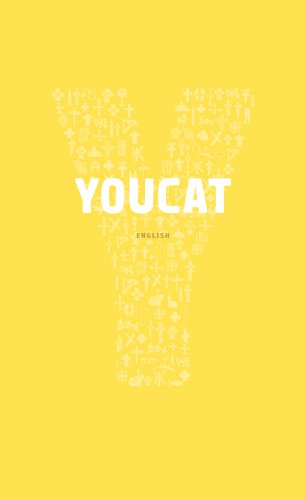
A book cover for Youcat; Cardinal Christoph Schonborn (editor); Christian Books & Bibles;